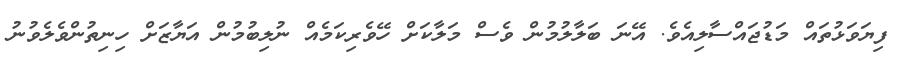
ފިޔަވަޅުތައް މަޑުޖައްސާލިއެވެ. އޭނަ ބަލާލުމުން ވެސް މަލާކަށް ހޭވެރިކަމެއް ނުލިބުމުން އަޔާޒަށް ހިނިތުންވެލެވުނު